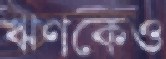
ঋণকেও